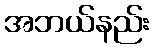
အဘယ်နည်း